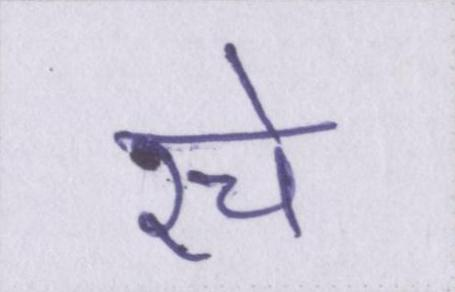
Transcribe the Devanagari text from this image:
रचे